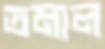
তমাল